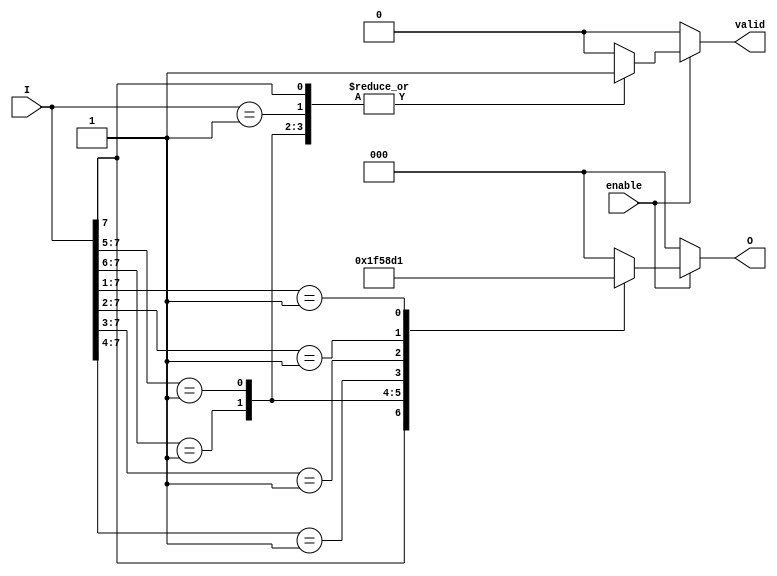
module encoder_8_to_3 (
    input wire [7:0] I,      // 8 input lines
    input wire enable,       // Enable signal
    output reg [2:0] O,      // 3 output lines
    output reg valid         // Valid output signal
);

    always @(*) begin
        if (!enable) begin
            O = 3'b000;       // Set output to 0 when not enabled
            valid = 1'b0;     // Output is not valid
        end else begin
            casez (I)          // Use casez to handle don't care conditions
                8'b1??????? : begin O = 3'b111; valid = 1'b1; end // I7
                8'b01?????? : begin O = 3'b110; valid = 1'b1; end // I6
                8'b001????? : begin O = 3'b101; valid = 1'b1; end // I5
                8'b0001???? : begin O = 3'b100; valid = 1'b1; end // I4
                8'b00001??? : begin O = 3'b011; valid = 1'b1; end // I3
                8'b000001?? : begin O = 3'b010; valid = 1'b1; end // I2
                8'b0000001? : begin O = 3'b001; valid = 1'b1; end // I1
                8'b00000001 : begin O = 3'b000; valid = 1'b1; end // I0
                default: begin   // If no inputs are active
                    O = 3'b000;   // Output can be defined as needed
                    valid = 1'b0; // Output is not valid
                end
            endcase
        end
    end

endmodule